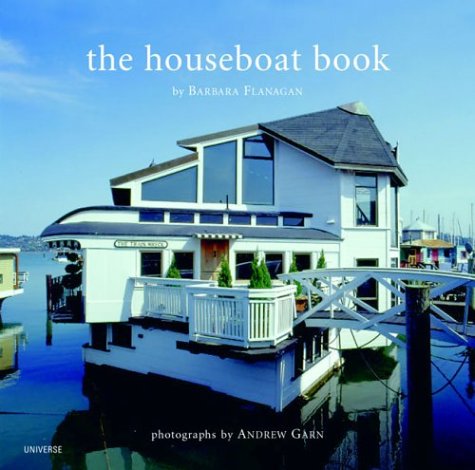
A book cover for The Houseboat Book; Barbara Flanagan; Arts & Photography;